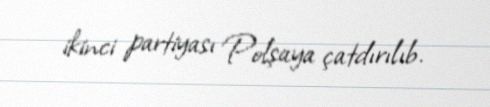
ikinci partiyası Polşaya çatdırılıb.